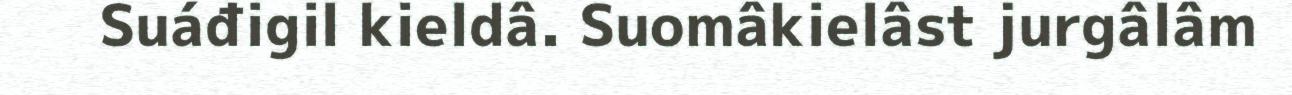
Suáđigil kieldâ. Suomâkielâst jurgâlâm